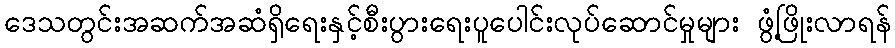
ဒေသတွင်းအဆက်အဆံရှိရေးနှင့်စီးပွားရေးပူပေါင်းလုပ်ဆောင်မှုများ ဖွံ့ဖြိုးလာရန်